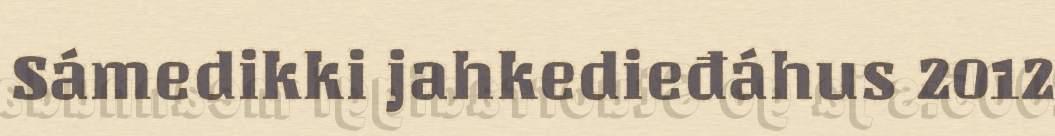
Sámedikki jahkedieđáhus 2012